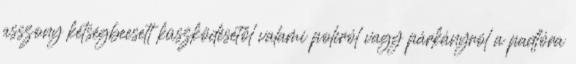
asszony kétségbeesett küszködésétől valami polcról vagy párkányról a padlóra